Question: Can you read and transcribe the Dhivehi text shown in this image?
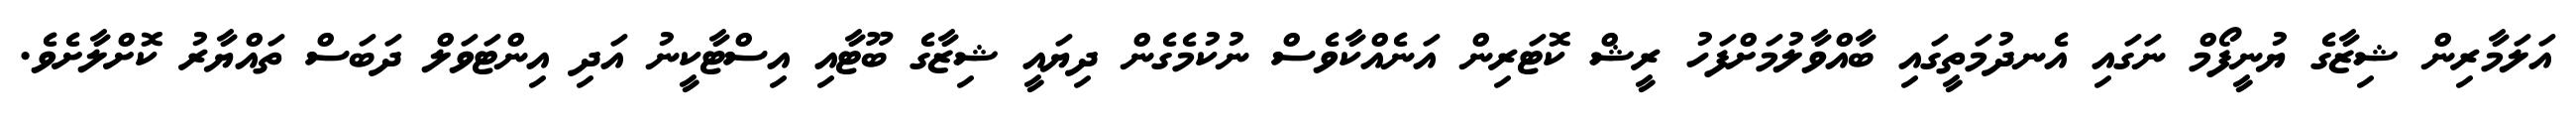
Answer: އަލަމާރިން ޝިޒާގެ ޔުނީފޯމް ނަގައި އެނދުމަތީގައި ބާއްވާލުމަށްފަހު ރީޝް ކޮޓަރިން އަނެއްކާވެސް ނުކުމެގެން ދިޔައީ ޝިޒާގެ ބޫޓާއި އިސްޓާކީނު އަދި އިންޓަވަލް ދަބަސް ތައްޔާރު ކޮށްލާށެވެ.